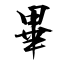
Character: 畢